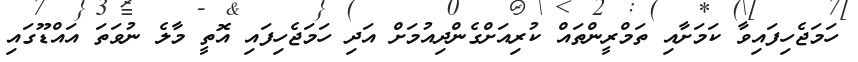
ހަމަޖެހިފައިވާ ކަމަށާއި ތަމްރީންތައް ކުރިއަށްގެންދިއުމަށް އަދި ހަމަޖެހިފައި އޮތީ މާލެ ނުވަތަ އައްޑޫގައި